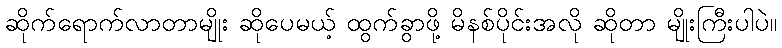
ဆိုက်ရောက်လာတာမျိုး ဆိုပေမယ့် ထွက်ခွာဖို့ မိနစ်ပိုင်းအလို ဆိုတာ မျိုးကြီးပါပဲ။